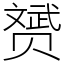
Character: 赟